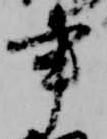
書